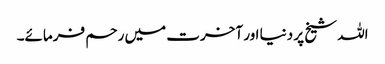
اللہ شیخ پر دنیا اور آخرت میں رحم فرمائے۔